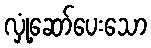
လှုံ့ဆော်ပေးသော